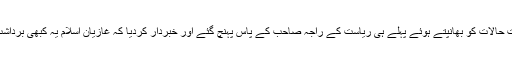
محافظین ختم نبوت حالات کو بھانپتے ہوئے پہلے ہی ریاست کے راجہ صاحب کے پاس پہنچ گئے اور خبردار کردیا کہ غازیان اسلام یہ کبھی برداشت نہیں کریں گے۔